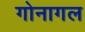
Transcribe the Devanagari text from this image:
गोनागल